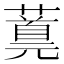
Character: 𬞪